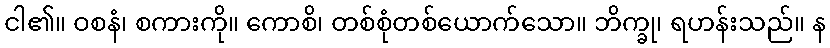
ငါ၏။ ဝစနံ၊ စကားကို။ ကောစိ၊ တစ်စုံတစ်ယောက်သော။ ဘိက္ခု၊ ရဟန်းသည်။ န